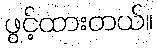
ဖွင့်ထားတယ်။